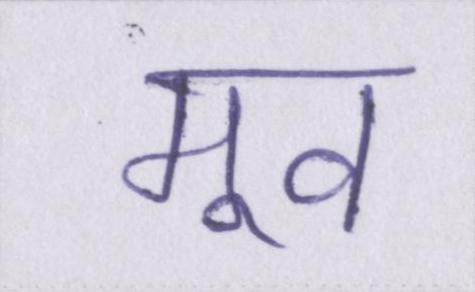
मूव